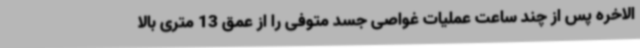
الاخره پس از چند ساعت عملیات غواصی جسد متوفی را از عمق 13 متری بالا